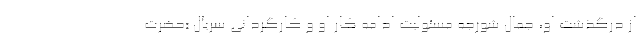
از درگذشت او، جمال شورجه مسئولیت ادامه کار او و کارگردانی سریال «حضرت